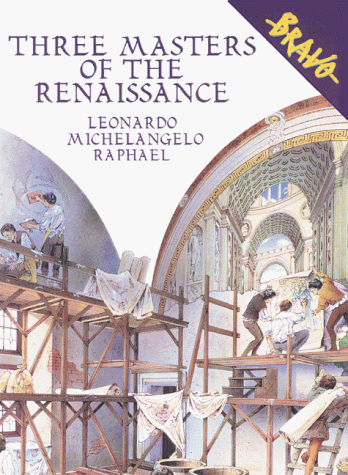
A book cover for Three Masters of the Renaissance: Leonardo, Michelangelo, Raphael (Bravo); Claudio Merlo; Children's Books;